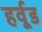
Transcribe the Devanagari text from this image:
हर्वूड